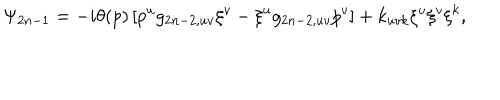
LaTeX: \Psi _ { 2 n - 1 } = - i \theta ( p ) \left[ p ^ { u } g _ { 2 n - 2 , u v } \xi ^ { v } - \xi ^ { u } g _ { 2 n - 2 , u v } p ^ { v } \right] + k _ { u v k } \xi ^ { u } \xi ^ { v } \xi ^ { k } ,